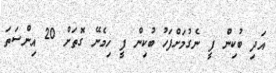
އަދި ބުކިން ފީ ނެގުމަށްފަހު ބުކިން ފީ ހިމެނޭ ގޮތަށް 20 އިންސަތަ